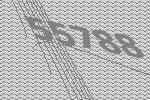
55788